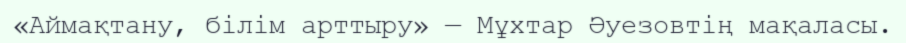
«Аймақтану, білім арттыру» — Мұхтар Әуезовтің мақаласы.